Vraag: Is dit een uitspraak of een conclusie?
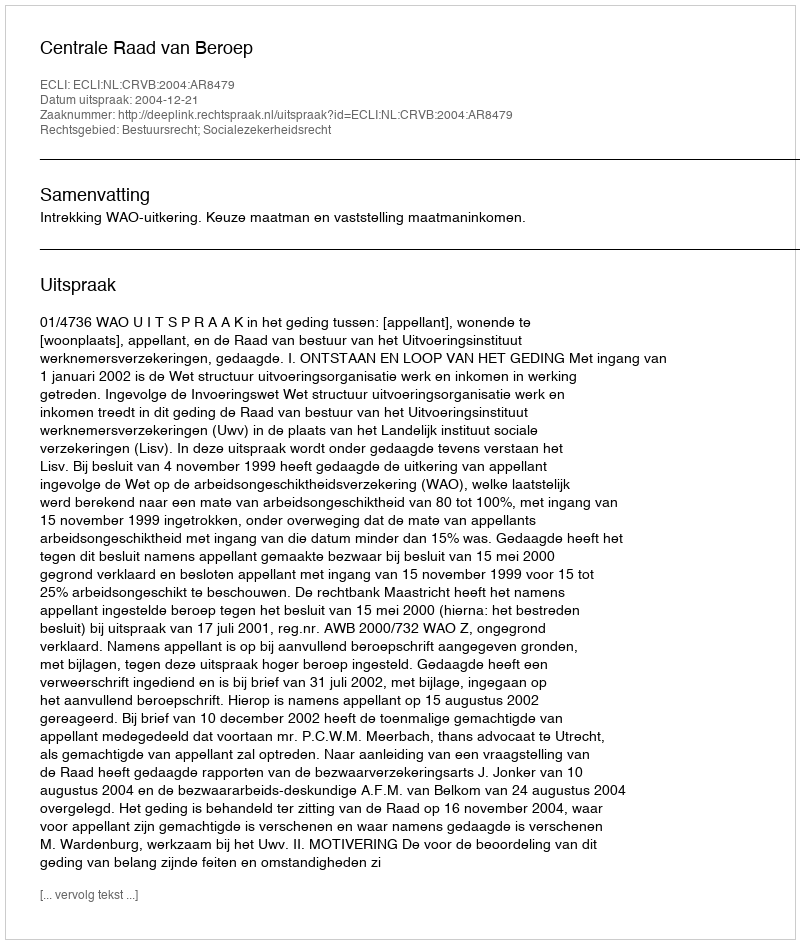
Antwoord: Uitspraak